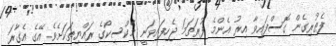
ފެތުރިގެން ގޮސްފައިވާ އިރު އެންމެ ފުރަތަމަ ޖެހިފައިވަނީ މެކްސިކޯގެ ރައްޔިތަކަށެވެ. އޭގެ އެގާރަ